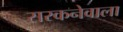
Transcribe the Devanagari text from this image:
सरकनेवाला